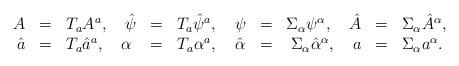
LaTeX: \begin{align*}\begin{array}{rclrclrclrcl}A & = & T_a A^a, \quad \hat{\psi} & = & T_a \hat{\psi}^a, \quad \psi & = & \Sigma_\alpha \psi^\alpha, \quad \hat{A} & = & \Sigma_\alpha \hat{A}^\alpha,& & & \\ \hat{a} & = & T_a \hat{a}^a, \quad \alpha & = & T_a \alpha^a, \quad \hat{\alpha} & = & \Sigma_\alpha \hat{\alpha}^\alpha, \quad a & = & \Sigma_\alpha a^\alpha. & & & \end{array}\end{align*}